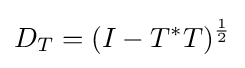
D_{T}=(I-T^{*}T)^{\frac {1}{2}}